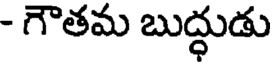
- గౌతమ బుద్ధుడు